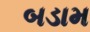
બડામ